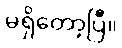
မရှိတော့ပြီ။